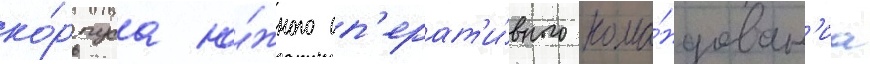
ко́рпуса ю́жного оп'ерат'и́вного кома́ндован'иа